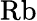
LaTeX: \mathrm{Rb}